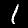
Label: 1